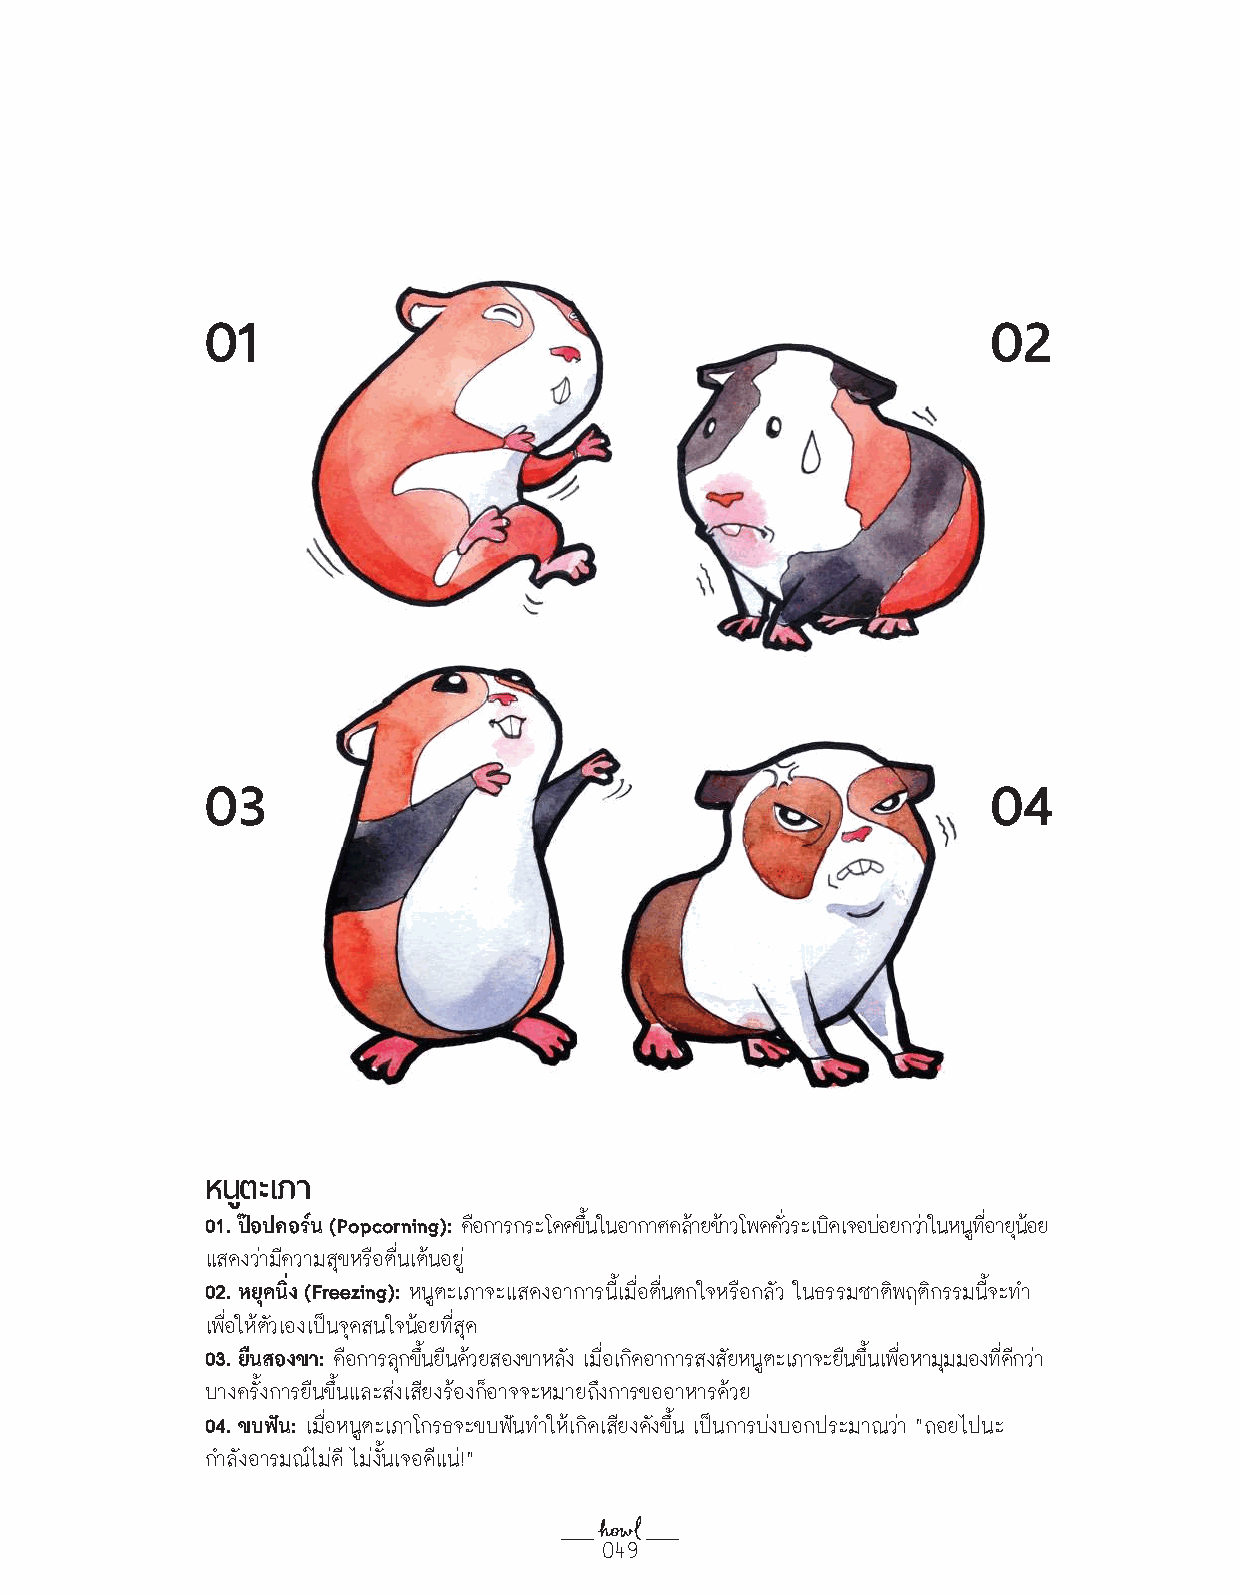
01                                                  02
 03                                                  04
 หนตู ะเภา
 01. ปอปคอร์น (Popcorning): คอื การกระโดดขนึ้ ในอากาศคลา้ ยขา้ วโพดควั่ ระเบดิ เจอบอ่ ยกวา่ ในหนทู อี่ ายนุ อ้ ย
 แสดงว่ามีความสุขหรือตื่นเต้นอยู่
 02. หยุดนิ่ง (Freezing): หนูตะเภาจะแสดงอาการนี้เมื่อตื่นตกใจหรือกลัว ในธรรมชาติพฤติกรรมนี้จะท�า
 เพื่อให้ตัวเองเป็นจุดสนใจน้อยที่สุด
 03. ยืนสองขา: คอื การลกุ ขนึ้ ยนื ดว้ ยสองขาหลงั เมอื่ เกดิ อาการสงสยั หนตู ะเภาจะยนื ขนึ้ เพอื่ หามมุ มองทดี่ กี วา่
 บางครั้งการยืนขึ้นและส่งเสียงร้องก็อาจจะหมายถึงการขออาหารด้วย
 04. ขบฟน: เมื่อหนูตะเภาโกรธจะขบฟันท�าให้เกิดเสียงดังขึ้น เป็นการบ่งบอกประมาณว่า “ถอยไปนะ
 ก�าลังอารมณ์ไม่ดี ไม่งั้นเจอดีแน่!”
 049